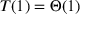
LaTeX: T ( 1 ) = \Theta ( 1 )